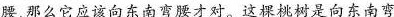
腰，那么它应该向东南弯腰才对。这棵桃树是向东南弯